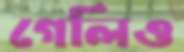
গেলিও